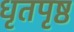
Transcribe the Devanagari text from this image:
धृतपृष्ठ